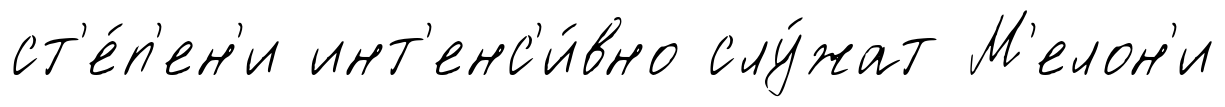
ст'е́п'ен'и инт'енс'и́вно слу́жат М'елон'и